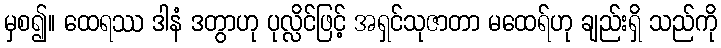
မှစ၍။ ထေရဿ ဒါနံ ဒတွာဟု ပုလ္လိင်ဖြင့် အရှင်သုဇာတာ မထေရ်ဟု ချည်းရှိ သည်ကို